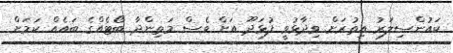
ކައުންސިލަރު އިތުރަށް ވިދާޅުވީ ފުޅަދޫ އަށް ވެސް މަތިންދާ ބޯޓެއްގެ ބައެއް ކަމަށް